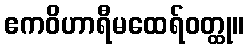
ဧကဝိဟာရီမထေရ်ဝတ္ထု။